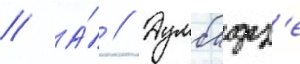
// А́ // Думбадз'е